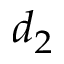
d _ { 2 }